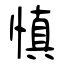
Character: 慎